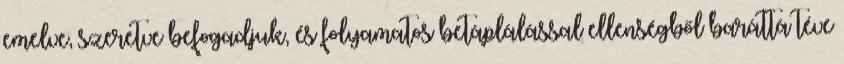
emelve, szeretve befogadjuk, és folyamatos betáplálással ellenségből baráttá téve